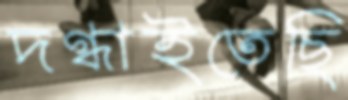
দগ্ধাইতেছি